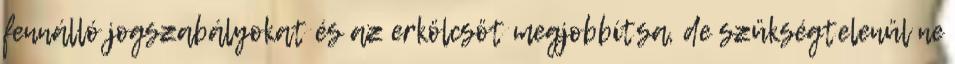
fennálló jogszabályokat és az erkölcsöt megjobbítsa, de szükségtelenül ne